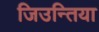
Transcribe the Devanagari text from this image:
जिउन्तिया